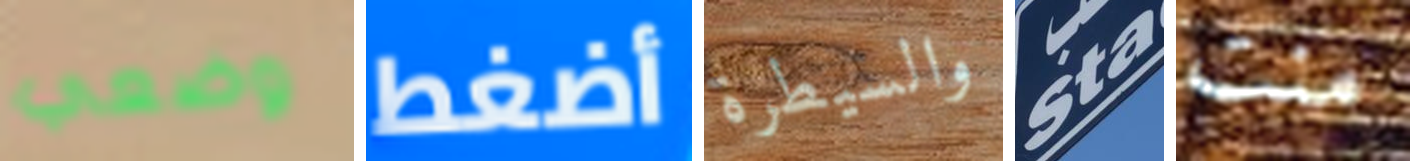
وضعي أضغط والسيطرة Sta منت